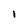
Character: I